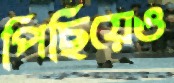
পিছিয়েও